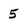
Character: 5